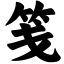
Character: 笺